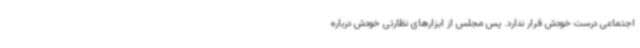
اجتماعی درست خودش قرار ندارد. پس مجلس از ابزارهای نظارتی خودش درباره